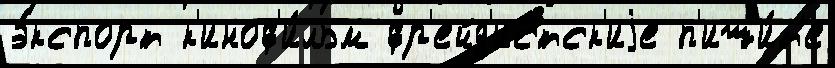
э́кспорт к'иноф'и́льм фр'ейд'истск'иjе п'иши́т'е